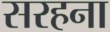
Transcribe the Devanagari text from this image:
सरहना